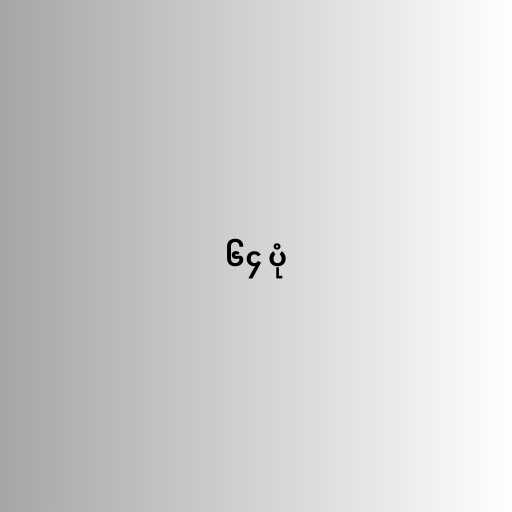
၆၄ ပုံ